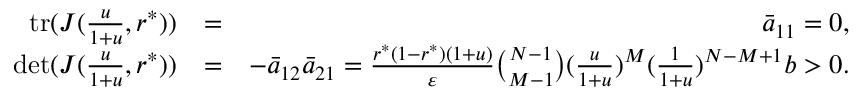
\begin{array} { r l r } { \mathrm { t r } ( J ( \frac { u } { 1 + u } , r ^ { * } ) ) } & { = } & { \bar { a } _ { 1 1 } = 0 , } \\ { \mathrm { d e t } ( J ( \frac { u } { 1 + u } , r ^ { * } ) ) } & { = } & { - \bar { a } _ { 1 2 } \bar { a } _ { 2 1 } = \frac { r ^ { * } ( 1 - r ^ { * } ) ( 1 + u ) } { \varepsilon } \binom { N - 1 } { M - 1 } ( \frac { u } { 1 + u } ) ^ { M } ( \frac { 1 } { 1 + u } ) ^ { N - M + 1 } b > 0 . } \end{array}